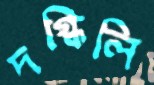
দগ্ধিলি